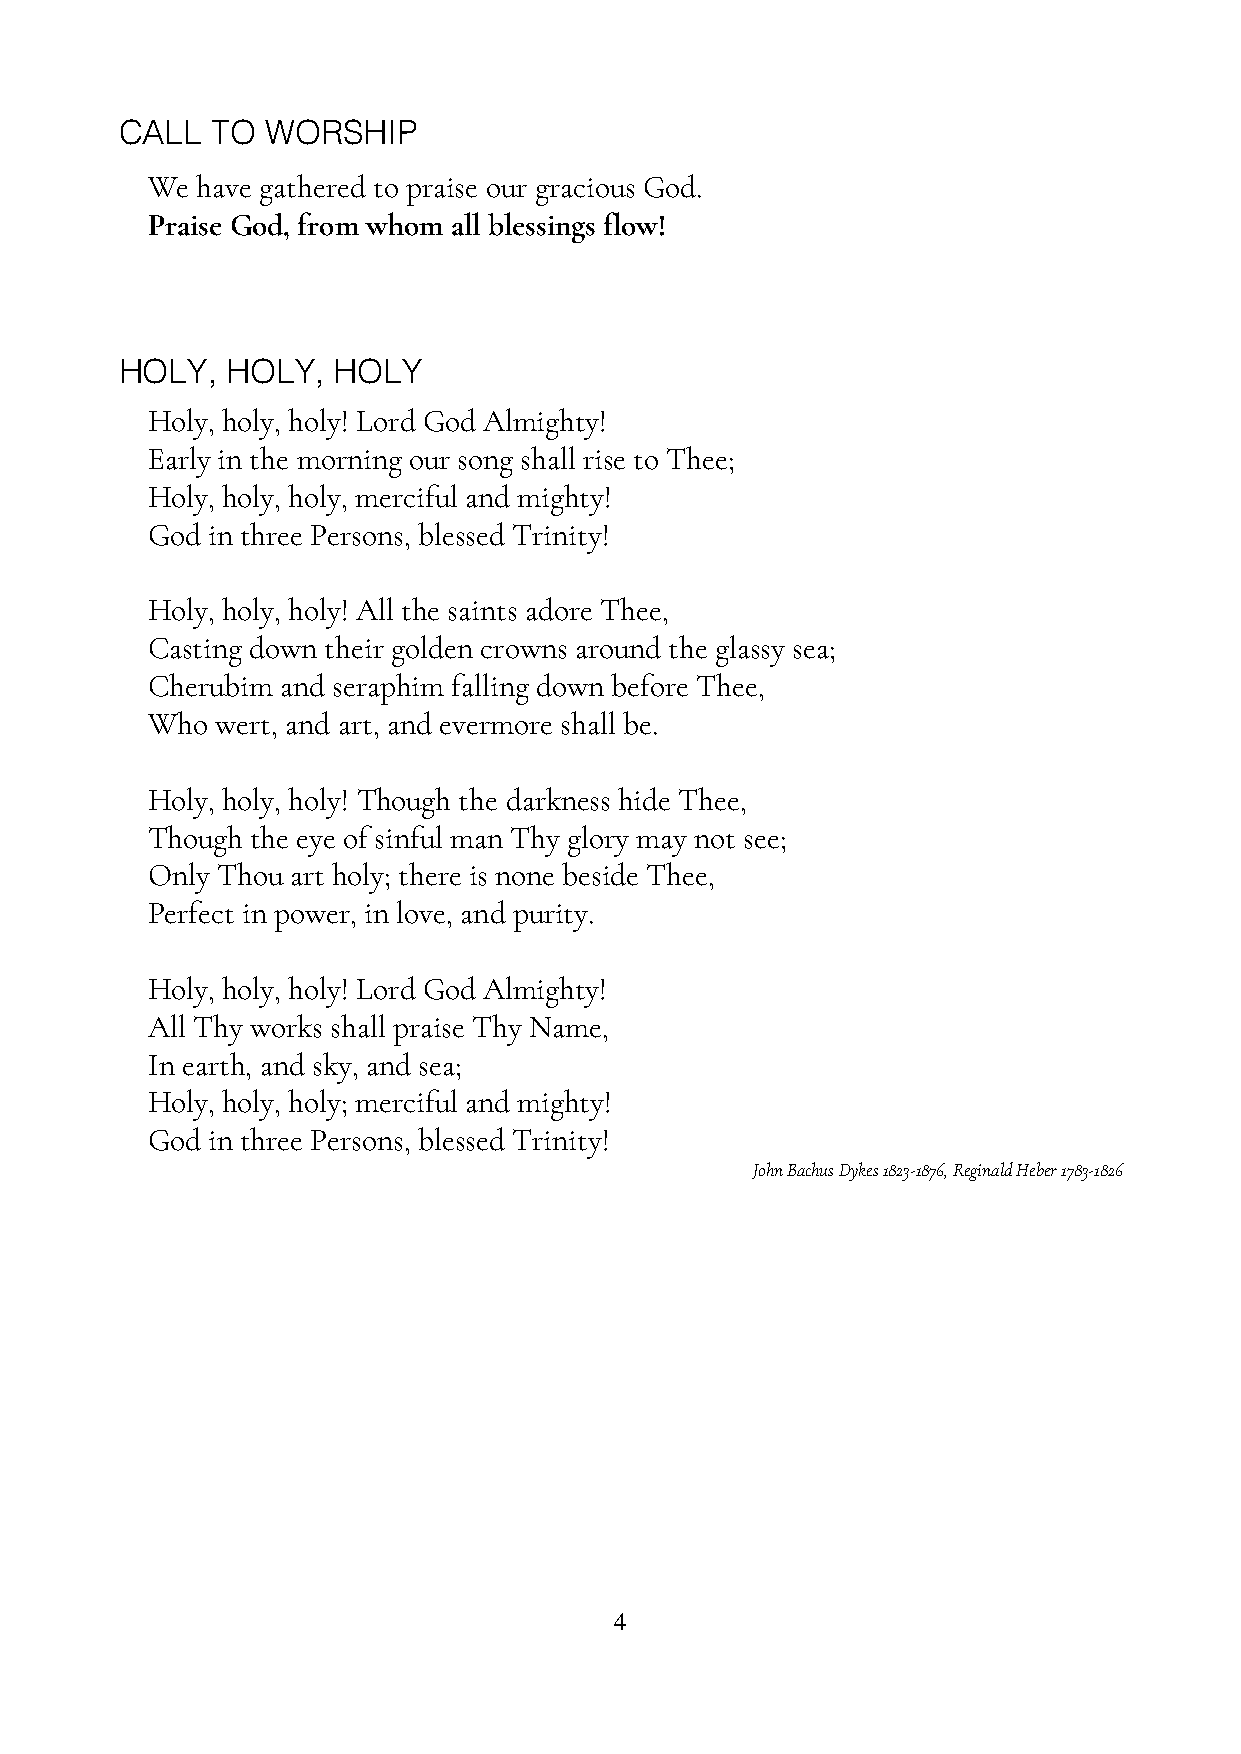
CALL  TO  WORSHIP   !
 We have gathered to praise our gracious God.
 Praise God, from whom all blessings flow!
 HOLY,  HOLY,  HOLY
 Holy, holy, holy! Lord God Almighty!
 Early in the morning our song shall rise to Thee;
 Holy, holy, holy, merciful and mighty!
 God in three Persons, blessed Trinity!
 Holy, holy, holy! All the saints adore Thee,
 Casting down their golden crowns around the glassy sea;
 Cherubim and seraphim falling down before Thee,
 Who wert, and art, and evermore shall be.
 Holy, holy, holy! Though the darkness hide Thee,
 Though the eye of sinful man Thy glory may not see;
 Only Thou art holy; there is none beside Thee,
 Perfect in power, in love, and purity.
 Holy, holy, holy! Lord God Almighty!
 All Thy works shall praise Thy Name,
 In earth, and sky, and sea;
 Holy, holy, holy; merciful and mighty!
 God in three Persons, blessed Trinity!
 John Bachus Dykes 1823-1876, Reginald Heber 1783-1826
 4